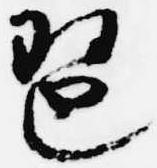
琶